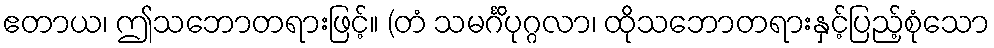
ဧတာယ၊ ဤသဘောတရားဖြင့်။ (တံ သမင်္ဂိပုဂ္ဂလာ၊ ထိုသဘောတရားနှင့်ပြည့်စုံသော